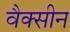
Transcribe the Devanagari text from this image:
वैक्‍सीन